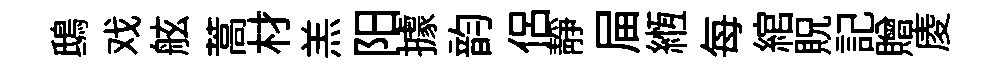
鴟戏舷蒿材羔阳據韵侣靜屇縆每綰貺記贈庱